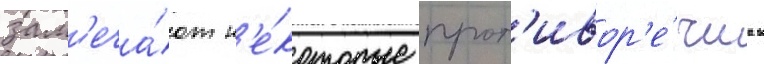
зам'еча́ют н'е́которые прот'ивор'е́чиа в